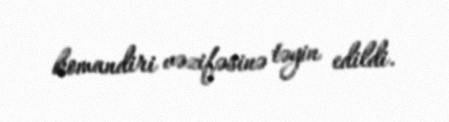
komandiri vəzifəsinə təyin edildi.